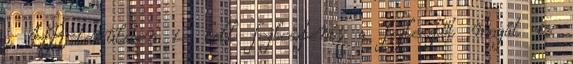
a HR-területen is kell fejleszteni, a fejlesztőt magát is